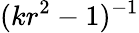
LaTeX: (kr^{2}-1)^{-1}